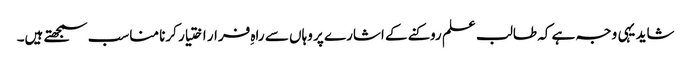
شاید یہی وجہ ہے کہ طالب علم روکنے کے اشارے پر وہاں سے راہِ فرار اختیار کرنا مناسب سمجھتے ہیں۔